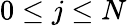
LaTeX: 0\le j\le N